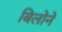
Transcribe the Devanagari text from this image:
बिलोने